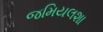
જમિયલશા